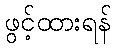
ဖွင့်ထားရန်